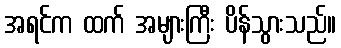
အရင်က ထက် အများကြီး ပိန်သွားသည်။